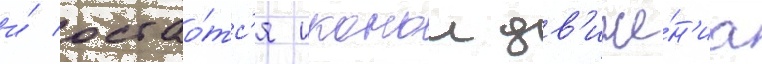
и́ остао́тс'я иконои дв'иже́н'иа